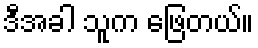
ဒီအခါ သူက ဖြေတယ်။